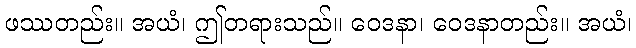
ဖဿတည်း။ အယံ၊ ဤတရားသည်။ ဝေဒနာ၊ ဝေဒနာတည်း။ အယံ၊